King Institute of Preventive Medicine Micro-Biological Section reports 1909-11
Year: 1909
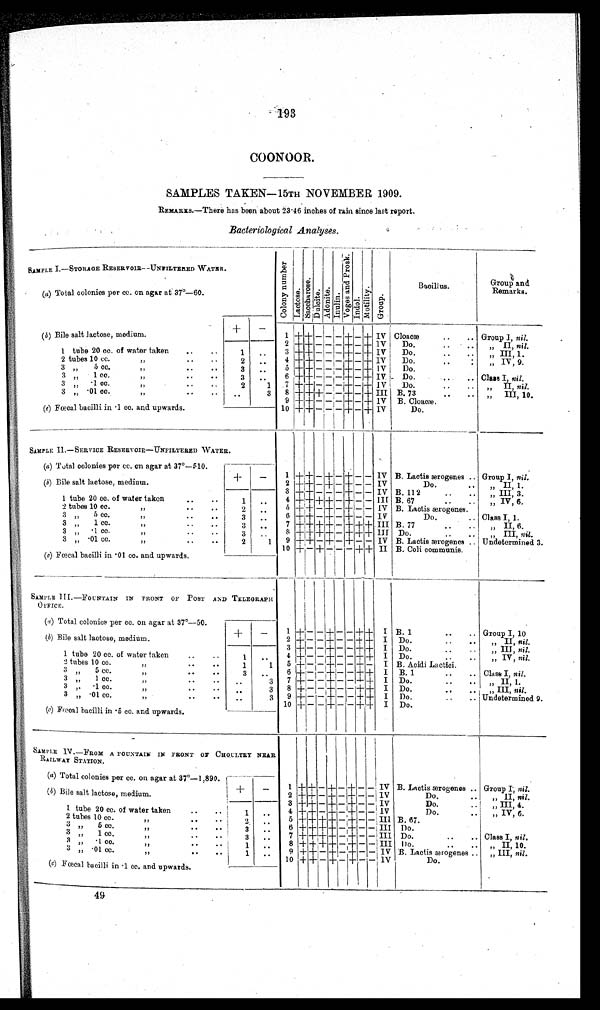
193
COONOOR.
SAMPLES TAKEN—15TH NOVEMBER 1909.
REMARKS.—There has been about 23 .46 inches of rain. since last report.
Bacteriological Analyses.
SAMPLE I.—STORAGE RESERVOIR—UNSILTERED WATER.
C o l o n y n u m b e r .
L a c t o s e .
S a c c h a r o s e .
D u l c i t e .
A d o n i t e .
I n u l i n .
V o g e s a n d P r o s k .
I n d o l
M o t i l i t y .
G r o u p .
Bacillus.
Group and
Remarks.
(a) Total colonies per cc. on agar at 37°—60.
+
—
(b) Bile salt lactose, medium.
1 + + — -
-
+
- + Iv I Cloacæ
..
.. Group I, nil.
2
+
+
— - - + - + IV Do.
..
.. „ II, nil.
1 tube 20 cc. of water taken
..
..
1 ..
I Do.
..
.. „ III, 1.
3 + + — - - - - - + - + IV Do.
: „ IV, 9.
4 + + - - - + - + IV
10 cc.
2 ..
2 tubes
j Do.
5 + +
- - - + — + IV
5 cc.
3 ,
, I
3 ..
- Do.
..
.. Class I, nil.
6 +
+
- - -
+ - + IV.
3'
1 cc.
..
3
..
I,
Do.
..
.
.7 + + - - - + - + IV
II, nil
1,
1
,,
3 „
·1 cc.
2
1 8 + + + - - + — + III B. 73
III, 10.
01 cc.
„
3„
3
B. Cloacæ.
9 + + - - - + — + IV
(c) Fœcal bacilli in 1 cc. and upwards.
1 0 +
+ — -
- + — + IV
Do.
SAMPLE II—SERVICE RESERVOIR —UNFILTERED WATER.
1
+
+ —
+
—
+
— — IV
B . L a c t i s æ
r o g e n e s . .
Group I, nil.
(a) Total colonies per cc. on agar at 37°—510.
+
-
(b) Bile salt lactose, medium.
Do.
.. „ II, 1.
2 +
+ — + — + - - IV
B. 112
..
.. „ III, 3.
3 +
+ — — — + — — IV
1 tube 20 cc. of water taken
. .
1 ..
IV, 6.
B. 67
4 + + + + — + - - III B. Lactis ærogenes.
5 + + — + — + - - IV
, ,
2 tubes 10 cc.
2
..
Do.
.. Class I, 1.
6 + + — + - + — IV
3 „ 5 ec.
3
, ,
..
B. 77
..
.. „ II, 6.
7 + +
+ + - + + + III
3 „ 1 ce.
3
,,
..
8 + + + + - + + + III Do.
III, nil.
3 „ 1 cc.
3
..
9 + +
- + - + — — IV B. Lactis ærogenes .. Undetermined 3.
01 cc.
3 „
2 I
1
,,
B. Coli communis.
10
+ -
+
-
-
-
+
+ II
(c) Fœcal bacilli in ·01 cc. and upwards.
SAMPLE III. —FOUNTAIN IN FRONT OF POST AND TELEGRAPH O F F I C E
1
-
- — + — —
+
+ 1 B. 1
..
.. Group I, 10
(a) Total colonies per cc. on agar at 37°—50.
+ -
(b) Bile salt lactose, medium.
Do.
..
.. „ II, nil.
2 + - — + — — + + I
Do...
III, nil.
3 + - — + — — + + I
1 tube 20 cc. of water taken
..
..
1 ..
Do.
4 + - - + — — + + I
IV, nil.
B. Acidi Lactici.
2 tubes
Il
1
10 cc
1
5 + - - + - — - + — + —- I B. 1
..
..
5 cc.
Class I, nil.
3 „
6 + - - + — — +
+
I
3
..
, ,
Do.
..
.. „ II, 1.
7 + - — + — — +
+
3 „
1 cc.
3
.
..
Do.
„ III, nil.
1 cc
3 8 + - - + — — + + I
e
3 ,,
fl
Do.
..
.. Undetermined 9.
01 cc.
3
9 + — - + - - + +
3
Do. Do
10 + — — + — — +
+
I
(c) Fœal bacilli in 5 cc. and upwards.
SAMPLE IV.—FROM A FOUNTAIN IN FRONT OF CHOULTRY NEAR
RAILWAY STATION.
1
+
+ - +
-
+ - - IV B. Lactis ærogenes Group I, nil.
(a) Total colonies per cc. on agar at 37°—1,890
+
-
(b) Bile salt lactose, medium.
2 + + — + — + - - V
—11
Do.
.. „II, nil.
„III, 4.
3 +
+ — + — + - - IV
Do.
. _
1 tube 20 cc. of water taken
.
1 ..
„ IV, 6.
Do.
..
4 +
± - + — + - - IV
2 tubes 10 cc.
B. 67.
5 + + + + - + - - III
. ..
3 „ 5 cc.
Do.
6 + + + + - + — - ;III
I,
.
3
3 „ 1 cc.
Class I, nil.
7 + ± + + — + — — III Do.
..
..
3,
—
3
..
II,10.
'1 cc
8 + + + + - + — - I
Do.
3 ,,
..
3,
.. I
B. Lactis ærogenes ..
3 „
01 cc
9 + + - + — + — — IV
„ III, nil.
1 ..
,,
Do.
10 + +
- +
-
+
- - IV
(c) Fœcal bacilli in 1 cc. and upwards.
49
49